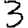
Digit: 3